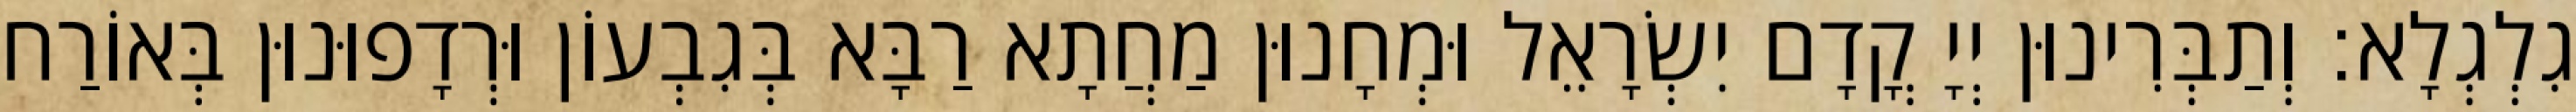
גִלְגְלָא׃ וְתַבְּרִינוּן יְיָ קֳדָם יִשְׂרָאֵל וּמְחָנוּן מַחֲתָא רַבָּא בְּגִבְעוֹן וּרְדָפוּנוּן בְּאוֹרַח